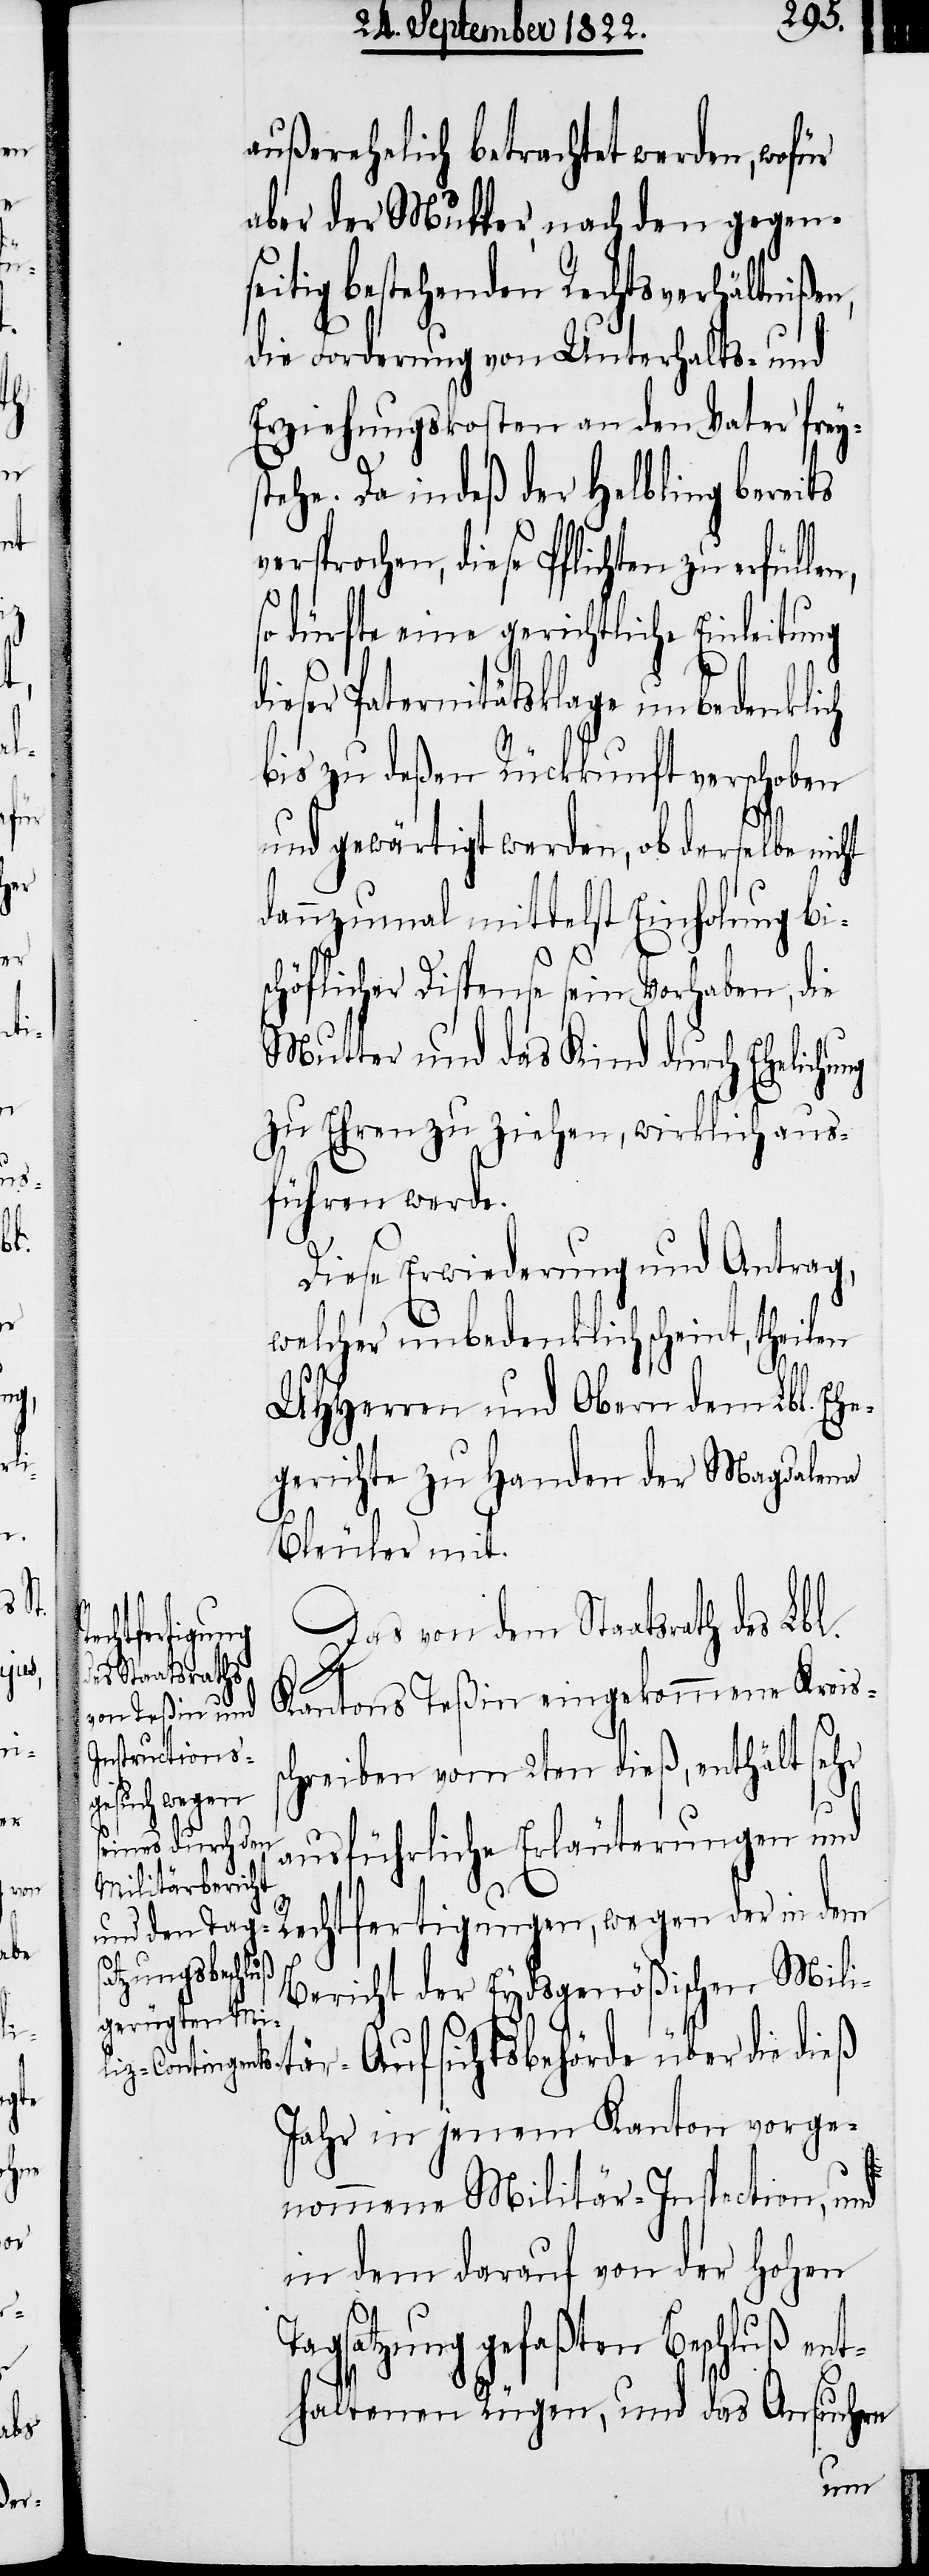
gungen,

außerehelich betrachtet werden, wofür
aber der Muffer, nach den gegens¬
eitig bestehenden Rechtsverhältnißen,
die Forderung von Unterhalts- und
Erziehungskosten an den Vater frey¬
tehe. Da indeß der Helbling bereits
versprochen, diese Pflichten zu erfüll¬
so dürfte eine gerichtliche Einleitung
dieser Paternitätsklage unbedenklich
bis zu deßen Rückkunft verschoben
und gewärtigt werden, ob derselbe nicht
dannzumal mittelst Einholung bis¬
chöflicher Dispense sein Vorhaben, die
Mutter und das Kind durch Ehelichung
zu Ehren zu ziehen, wirklich aus¬
führen werde.
Diese Erwiederung und Antrag,
welcher unbedenklich scheint, theilen
UHHerrn und Obern den Lbl. Ehe¬
gerichte zu Handen der Magdalena
Bleuler mit.
Das von dem Staatsrath des Lbl.
echtferti¬
Kantons Teßin eingekommene Kreis¬
schreiben vom 2ten dieß, enthält sehr
ausführliche Erläuterungen und
dem
Bericht der Eydsgenößischen Mil¬
itär-Aufsichtsbehörde über die dieß
Jahr in jenem Kanton vorge¬
nommene Militär-Inspection, und
in dem darauf von der hohen
Tagsatzung gefaßten Beschluß ent¬
haltenen Rügen, und das Ansuchen